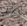
أجل